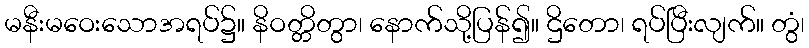
မနီးမဝေးသောအရပ်၌။ နိဝတ္တိတွာ၊ နောက်သို့ပြန်၍။ ဌိတော၊ ရပ်ပြီးလျက်။ တွံ၊